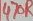
Text: 470